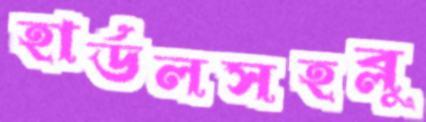
হার্ডলসহব্লু